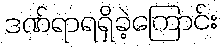
ဒဏ်ရာရရှိခဲ့ကြောင်း